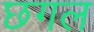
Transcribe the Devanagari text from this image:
छगल